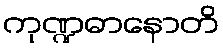
ကုဏ္ဍဓာနောတိ